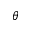
\theta